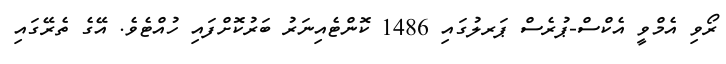
ރޯވި އެމްވީ އެކްސް-ޕުރެސް ޕަރލުގައި 1486 ކޮންޓެއިނަރު ބަރުކޮށްފައި ހުއްޓެވެ. އޭގެ ތެރޭގައި